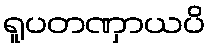
ရူပတဏှာယပိ